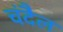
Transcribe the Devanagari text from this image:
चंदैल